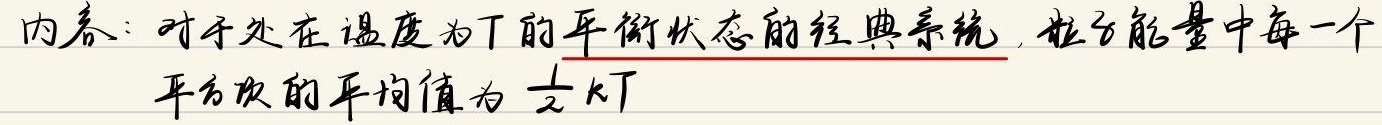
内容：对于处在温度为\(T\)的平衡状态的经典系统，粒子能量中每一个平方项的平均值为\(\frac{1}{2}kT\)